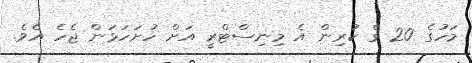
މަހުގެ 20 ގެ ކުރިން އެ މިނިސްޓްރީ އަށް ހުށަހަޅަން ޖެހެ އެވެ.